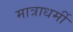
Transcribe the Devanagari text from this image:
मात्राधर्मी